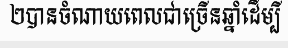
២បានចំណាយពេលជាច្រើនឆ្នាំដើម្បី